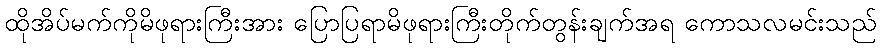
ထိုအိပ်မက်ကိုမိဖုရားကြီးအား ပြောပြရာမိဖုရားကြီးတိုက်တွန်းချက်အရ ကောသလမင်းသည်